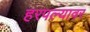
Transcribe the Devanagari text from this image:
हरपल्यावर